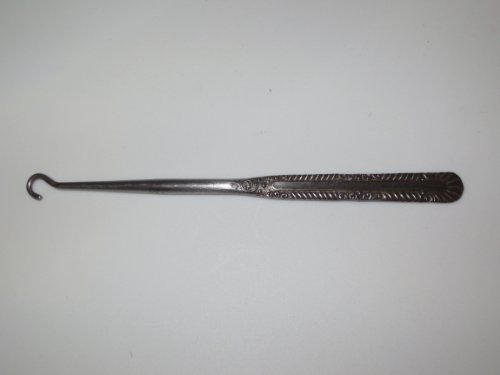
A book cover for Antique Button Hook for Buttontop Shoes; unknown; Crafts, Hobbies & Home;